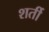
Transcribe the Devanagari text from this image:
शर्ती